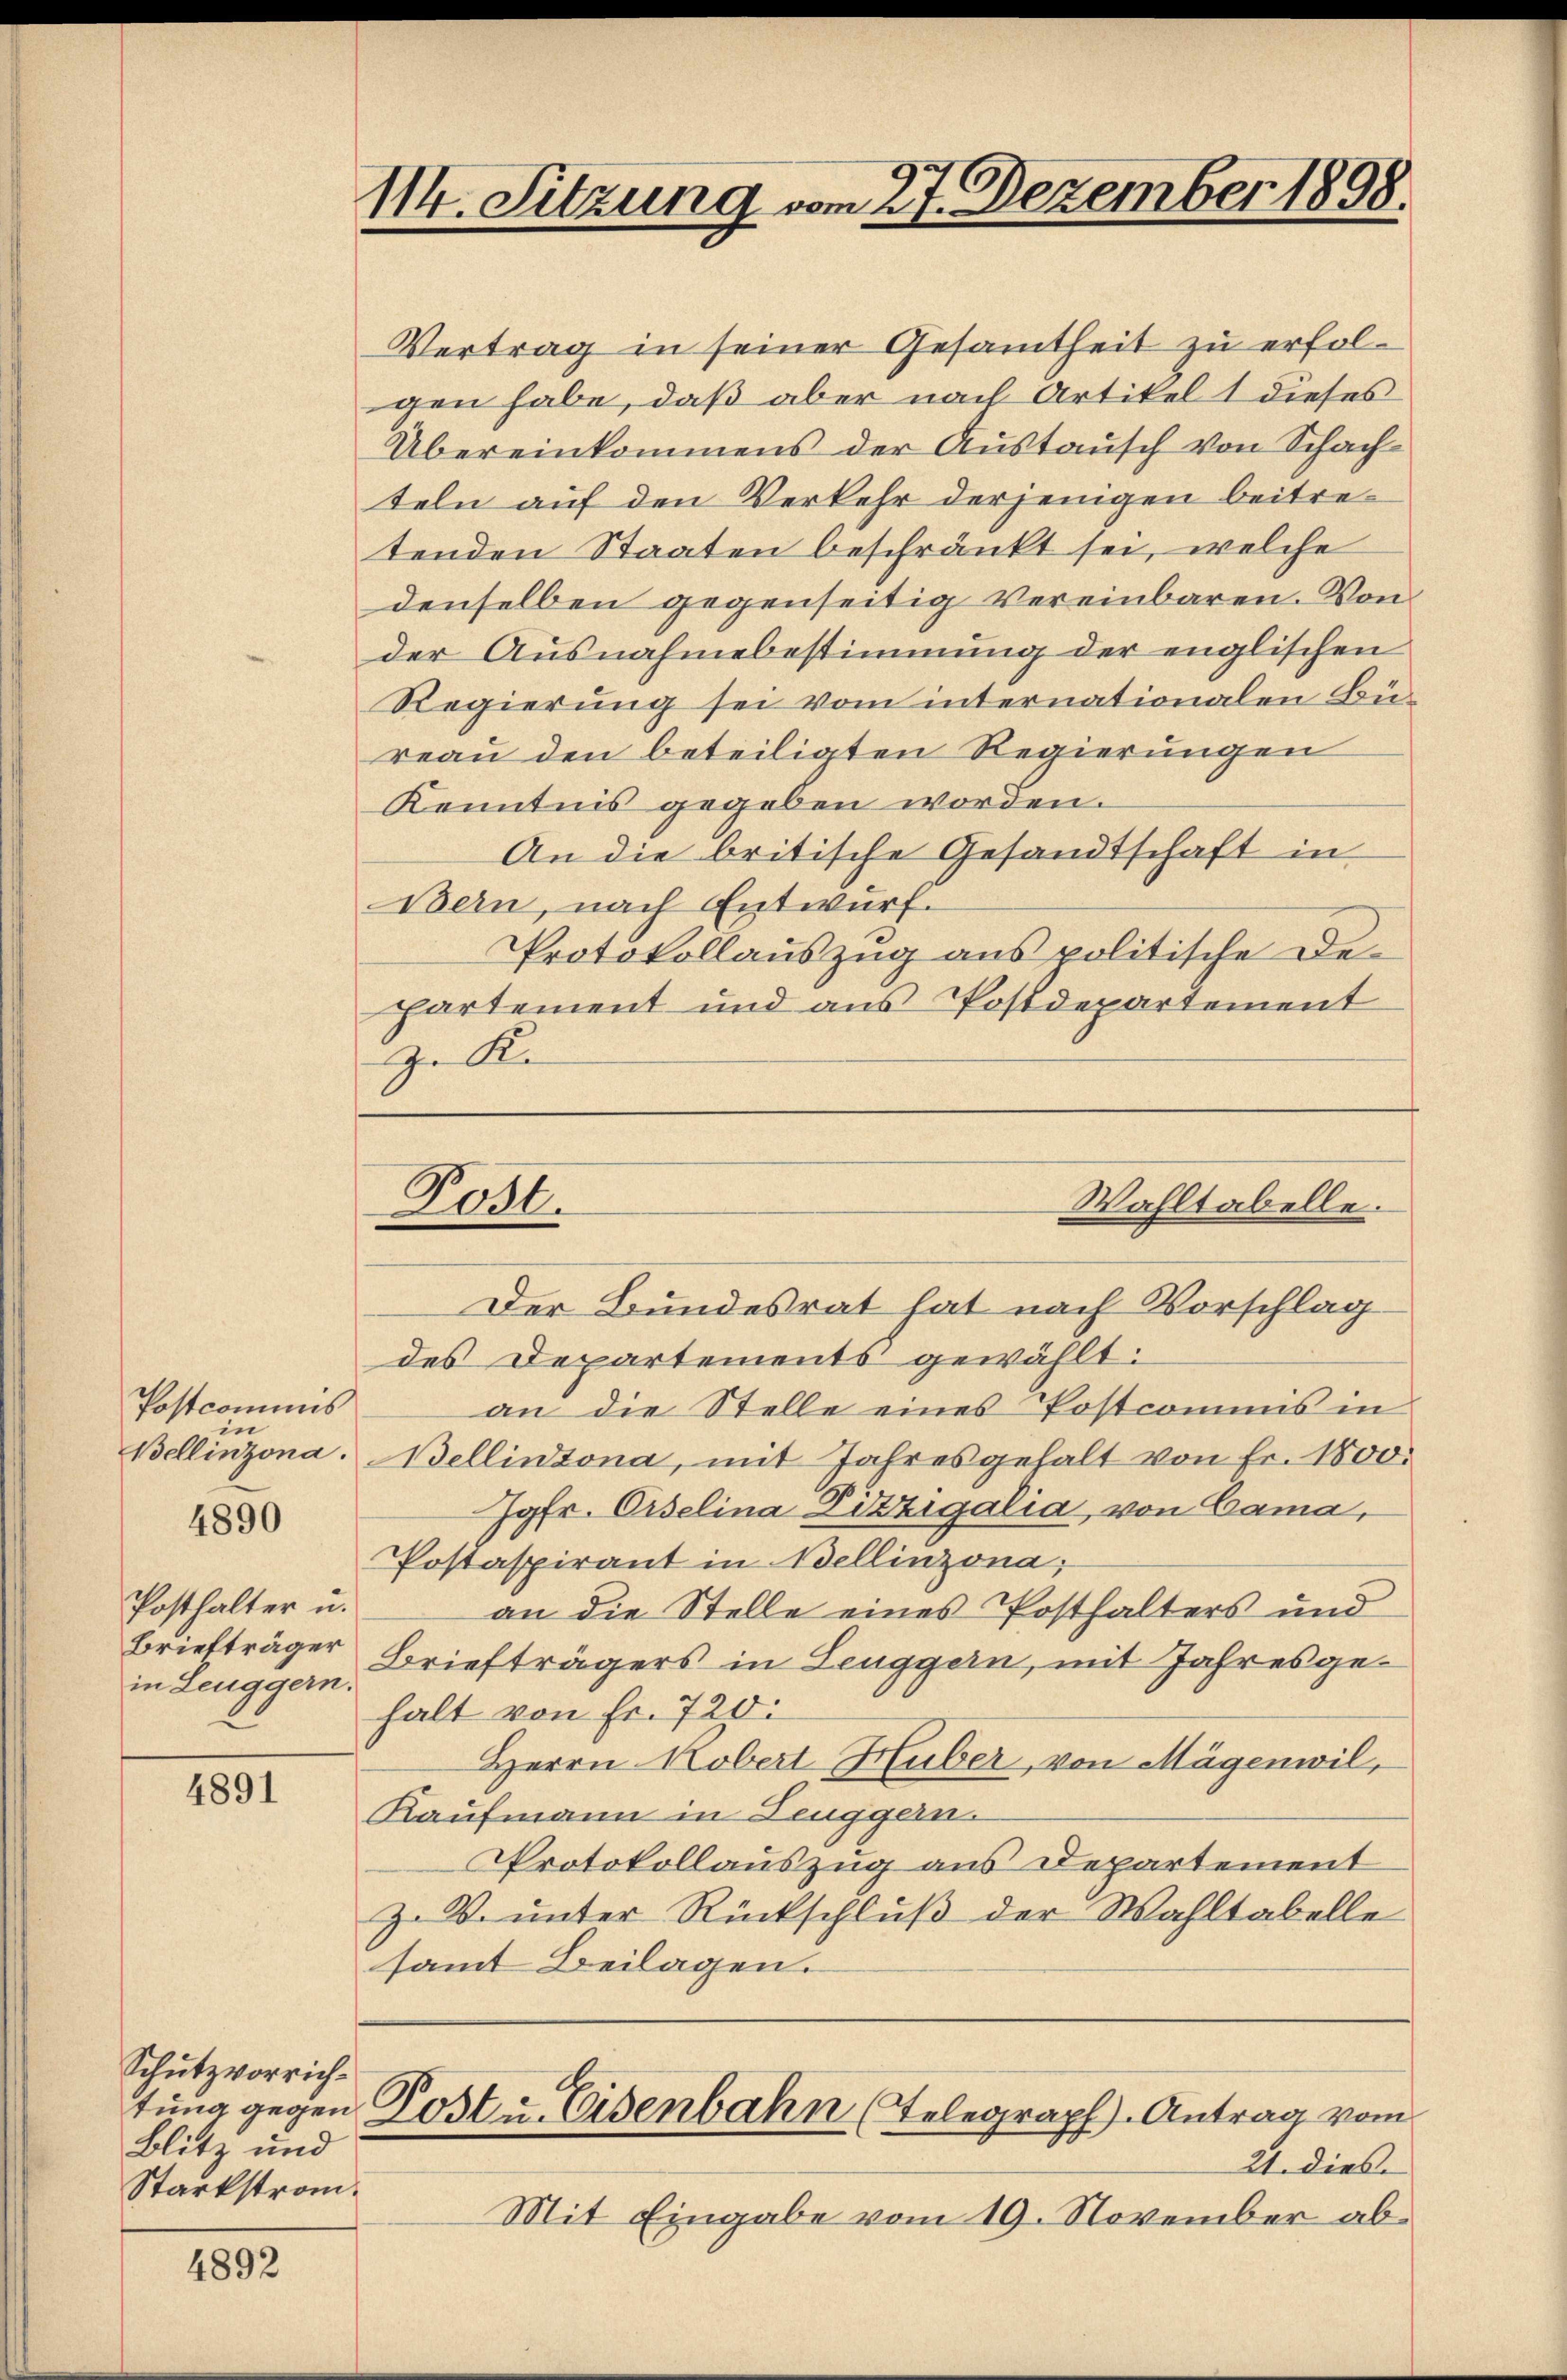
Postcommis
in
Bellinzona.
Posthalter u.
Briefträger
in Leuggern.

4890

4891

Schutzvorrich¬
Blitz und
Starkstrom¬

4892

114. Sitzung vom 27. Dezember 1898.

Vertrag in seiner Gesamtheit zu erfolgen habe, daß aber nach Artikel 1 dieses
Übereinkommens der Austausch von Schachteln auf den Verkehr derjenigen beitretenden Staaten beschränkt sei, welche
denselben gegenseitig vereinbaren. Von
der Ausnahmebestimmung der englischen
Regierung sei vom internationalen Büreau den beteiligten Regierungen
Kenntnis gegeben worden.
An die britische Gesandtschaft in
Bern, nach Entwurf.
Protokollauszug aus politische Departement und aus Postdepartement
zu Ke

Der Bundesrat hat nach Vorschlag
des Departements gewählt:
an die Stelle eines Postcommis in
Bellinzona, mit Jahresgehalt von Fr. 1800.
Jgfr. Ordelina Pitzigalia, von Cama,
Postaspirant in Bellinzona;
an die Stelle eines Posthalters und
Briefträgers in Leuggern, mit Jahresgehalt von Fr. 720:
Herrn Kobert Huber, von Mägenwil,
Kaufmann in Leuggern.
Protokollauszug aus Departement
Z. V. unter Rückschluß der Wahltabelle
samt Beilagen.

Wahltabelle.
Post.

tung gegen Post u. Eisenbahn (Telegraph). Antrag vom

21. dies
Mit Eingabe vom 19. November ab¬